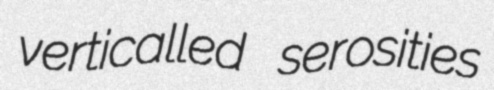
verticalled serosities